Papers set at the Examination for Leaving Certificates, 1893
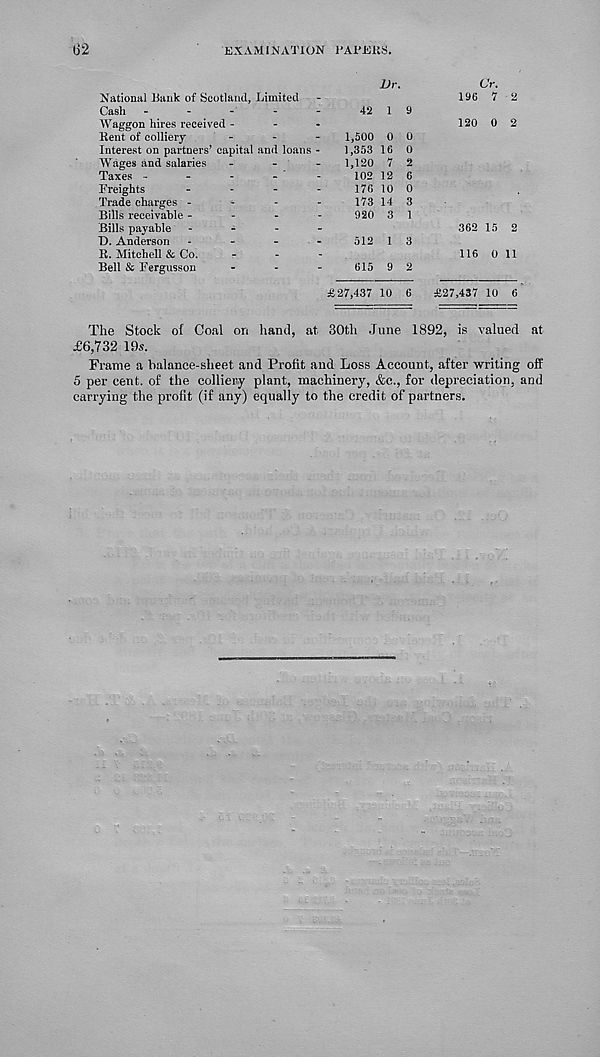
(32
EXAMINATION PAPERS.
National Bank of Scotland, Limited
Cash -
-
-
-
-
Waggon hires received -
-
-
Rent of colliery
-
-
-
Interest on partners’ capital and loans -
Wages and salaries -
-
-
Taxes -
-
-
- '
-
Freights
-
-
-
-
Trade charges -
-
-
-
Bills receivable -
-
-
-
Bills payable -
-
-
-
D. Anderson -
-
-
.
R. Mitchell & Co.
-
Bell & Fergusson
-
-
-
Vr.
42 1 9
1,500 0 0
1,353 16 0
1,120 7 2
102 12 6
176 10 0
173 14 3
920 3 1
512 1 3
615 9 2
Cr.
196 7 2
120 0 2
362 15 2
116 0 11
£27,437 10 6 £27,437 10 6
The Stock of Coal on hand, at 30th June 1892, is valued at
£6,732 19s.
Frame a balance-sheet and Profit and Loss Account, after writing off
5 per cent, of the colliery plant, machinery, &c., for depreciation, and
carrying the profit (if any) equally to the credit of partners.